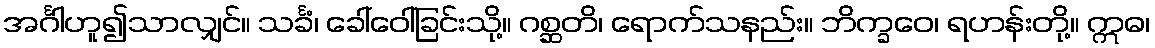
အင်္ဂါဟူ၍သာလျှင်။ သင်္ခံ၊ ခေါ်ဝေါ်ခြင်းသို့။ ဂစ္ဆတိ၊ ရောက်သနည်း။ ဘိက္ခဝေ၊ ရဟန်းတို့။ ဣဓ၊